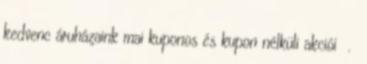
kedvenc áruházaink mai kuponos és kupon nélküli akciói .